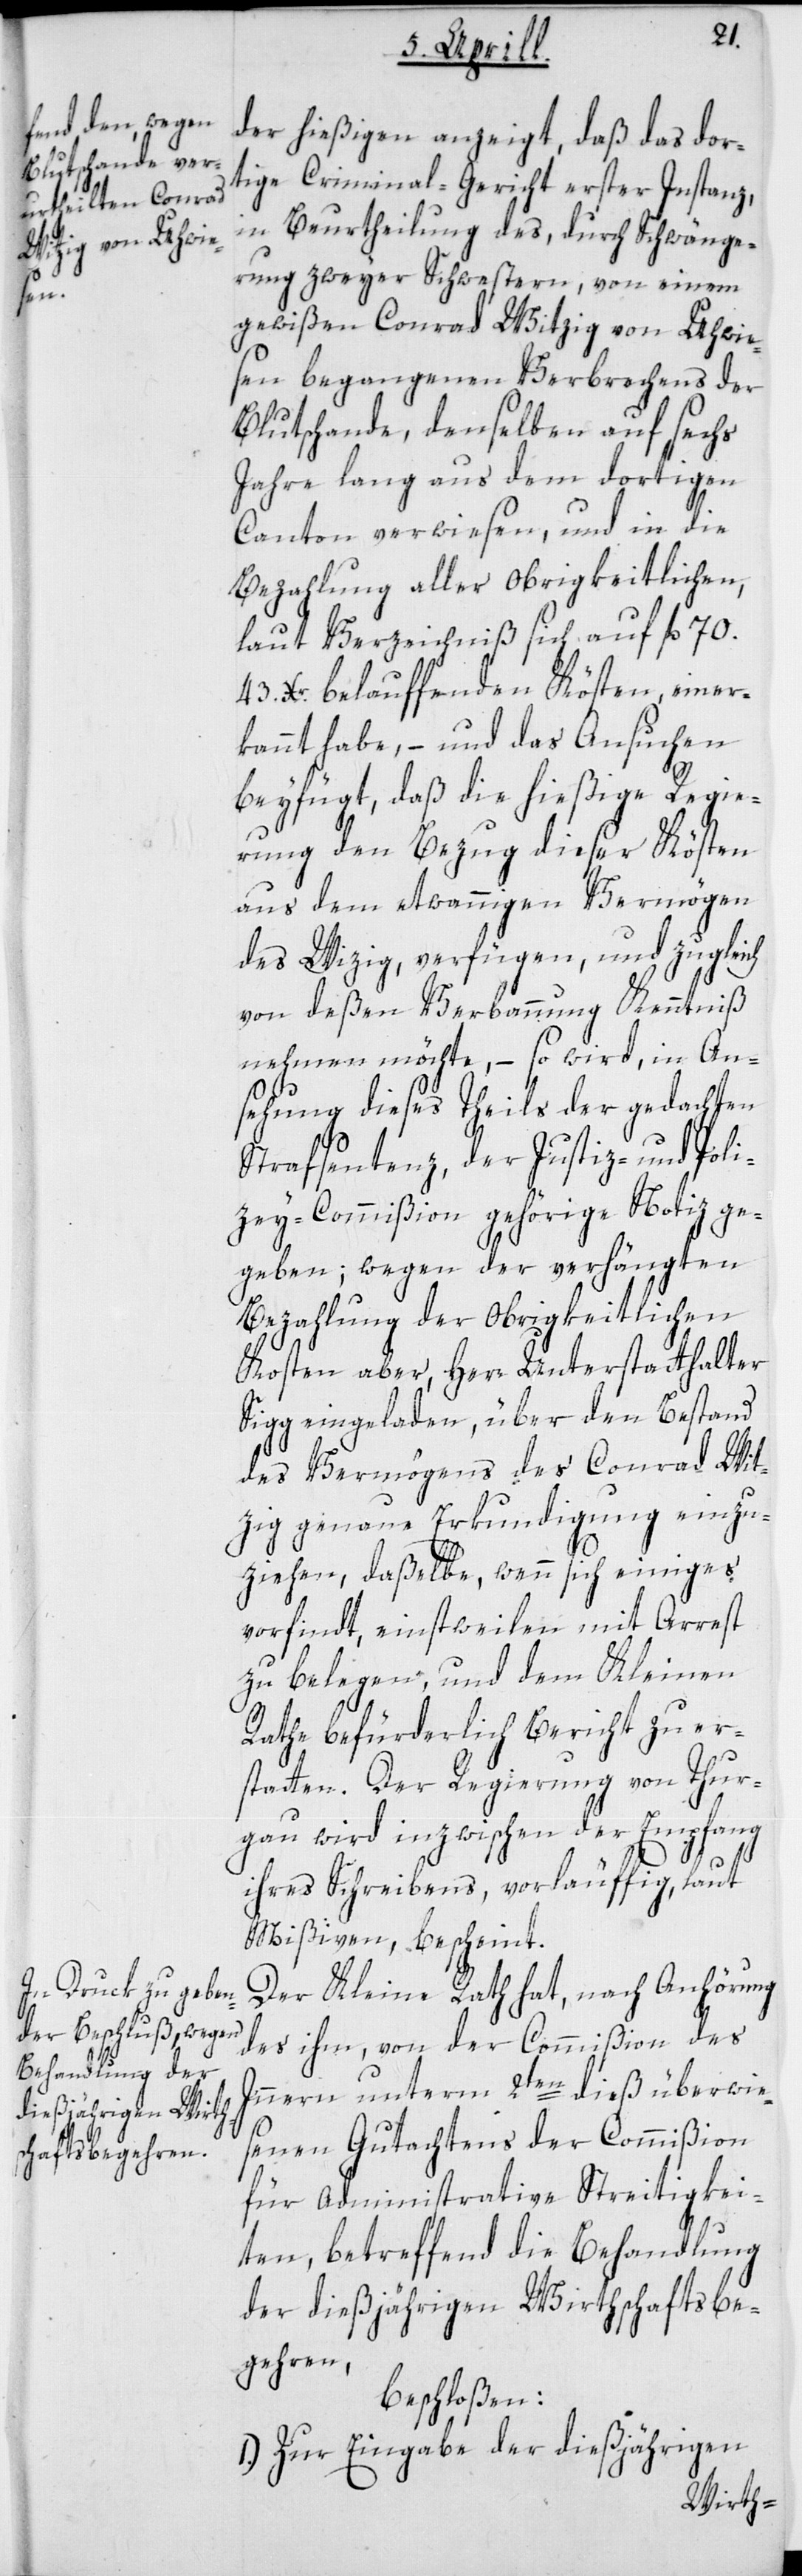
der hießigen anzeigt, daß das dor¬
tige Criminal-Gericht erster Instanz,
in Beurtheilung des, durch Schwänge¬
rung zweyer Schwestern, von einem
gewißen Conrad Witzig von Uhwie¬
sen begangenen Verbrechens der
Blutschande, denselben auf sechs
Jahre lang aus dem dortigen
Canton verwiesen, und in die
Bezahlung aller obrigkeitlichen,
laut Verzeichniß sich auf fl. 70.
43. Xr. belauffenden Kösten, einer¬
kannt habe, – und das Ansuchen
beyfügt, daß die hießige Regie¬
rung den Bezug dieser Kösten
aus dem etwannigen Vermögen
des Witzig, verfügen, und zugleich
von deßen Verbannung Kenntniß
nehmen möchte, – so wird, in An¬
sehung dieses Theils der gedachten
Strafsentenz, der Justiz- und Poli¬
zey-Commißion gehörige Notiz ge¬
geben; wegen der verhängten
Bezahlung der obrigkeitlichen
Kosten aber, Herr Unterstatthalter
Sigg eingeladen, über den Bestand
des Vermögens des Conrad Wit¬
zig genaue Erkundigung einzu¬
ziehen, daßelbe, wenn sich einiges
vorfindet, einstweilen mit Arrest
zu belegen, und dem Kleinen
Rathe befürderlich Bericht zu er¬
statten. Der Regierung von Thur¬
gau wird inzwischen der Empfang
ihres Schreibens vorläuffig, laut
Mißiven, bescheint.
Der Kleine Rath hat, nach Anhörung
des ihm, von der Commißion des
Innern unterm 2ten dieß überwie¬
senen Gutachtens der Commißion
für Administrative Streitigkei¬
ten, betreffend die Behandlung
der dießjährigen Wirthschaftsbe¬
gehren,
beschloßen:
1.) Zur Eingabe der dießjährigen